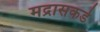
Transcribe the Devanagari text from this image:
मद्रासकडे